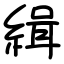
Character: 緝